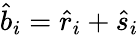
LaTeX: \hat{b}_{i}=\hat{r}_{i}+\hat{s}_{i}